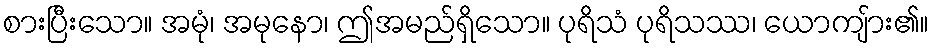
စားပြီးသော။ အမုံ၊ အမုနော၊ ဤအမည်ရှိသော။ ပုရိသံ ပုရိသဿ၊ ယောကျ်ား၏။